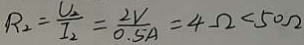
R _ { 2 } = \frac { U _ { 2 } } { I _ { 2 } } = \frac { 2 V } { 0 . 5 A } = 4 \Omega < 5 0 \Omega